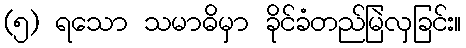
(၅) ရသော သမာဓိမှာ ခိုင်ခံတည်မြဲလှခြင်း။